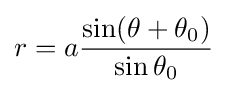
r=a{\frac {\sin(\theta +\theta _{0})}{\sin \theta _{0}}}